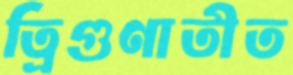
ত্রিগুণাতীত